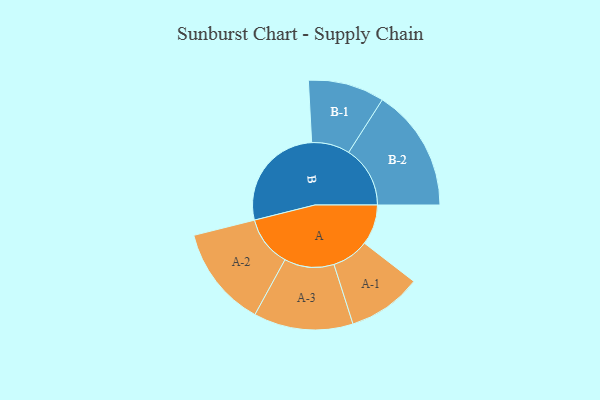
{"axis": {"x": "Segment", "y": "Value"}, "legend": ["", "A", "B"], "data": [{"x": "A", "y": 185, "type": ""}, {"x": "B", "y": 496, "type": ""}, {"x": "A-1", "y": 170, "type": "A"}, {"x": "A-2", "y": 232, "type": "A"}, {"x": "A-3", "y": 228, "type": "A"}, {"x": "B-1", "y": 175, "type": "B"}, {"x": "B-2", "y": 282, "type": "B"}]}